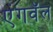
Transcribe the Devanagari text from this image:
एंगवॅल